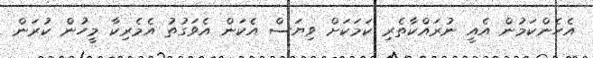
އެހެންކަމުން އެއީ ނުރައްކާތެރި ކަމަކަށް ވިޔަސް އެކަން އެވަގުތު އެމެރިކާ މީހުން ކުރަން